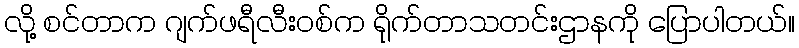
လို့ စင်တာက ဂျက်ဖရီလီးဝစ်က ရိုက်တာသတင်းဌာနကို ပြောပါတယ်။